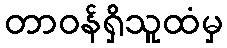
တာဝန်ရှိသူထံမှ